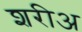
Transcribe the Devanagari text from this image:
शरीअ